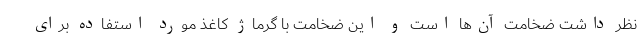
نظر داشت ضخامت آن‌ها است و این ضخامت با گرماژ کاغذ مورد استفاده برای